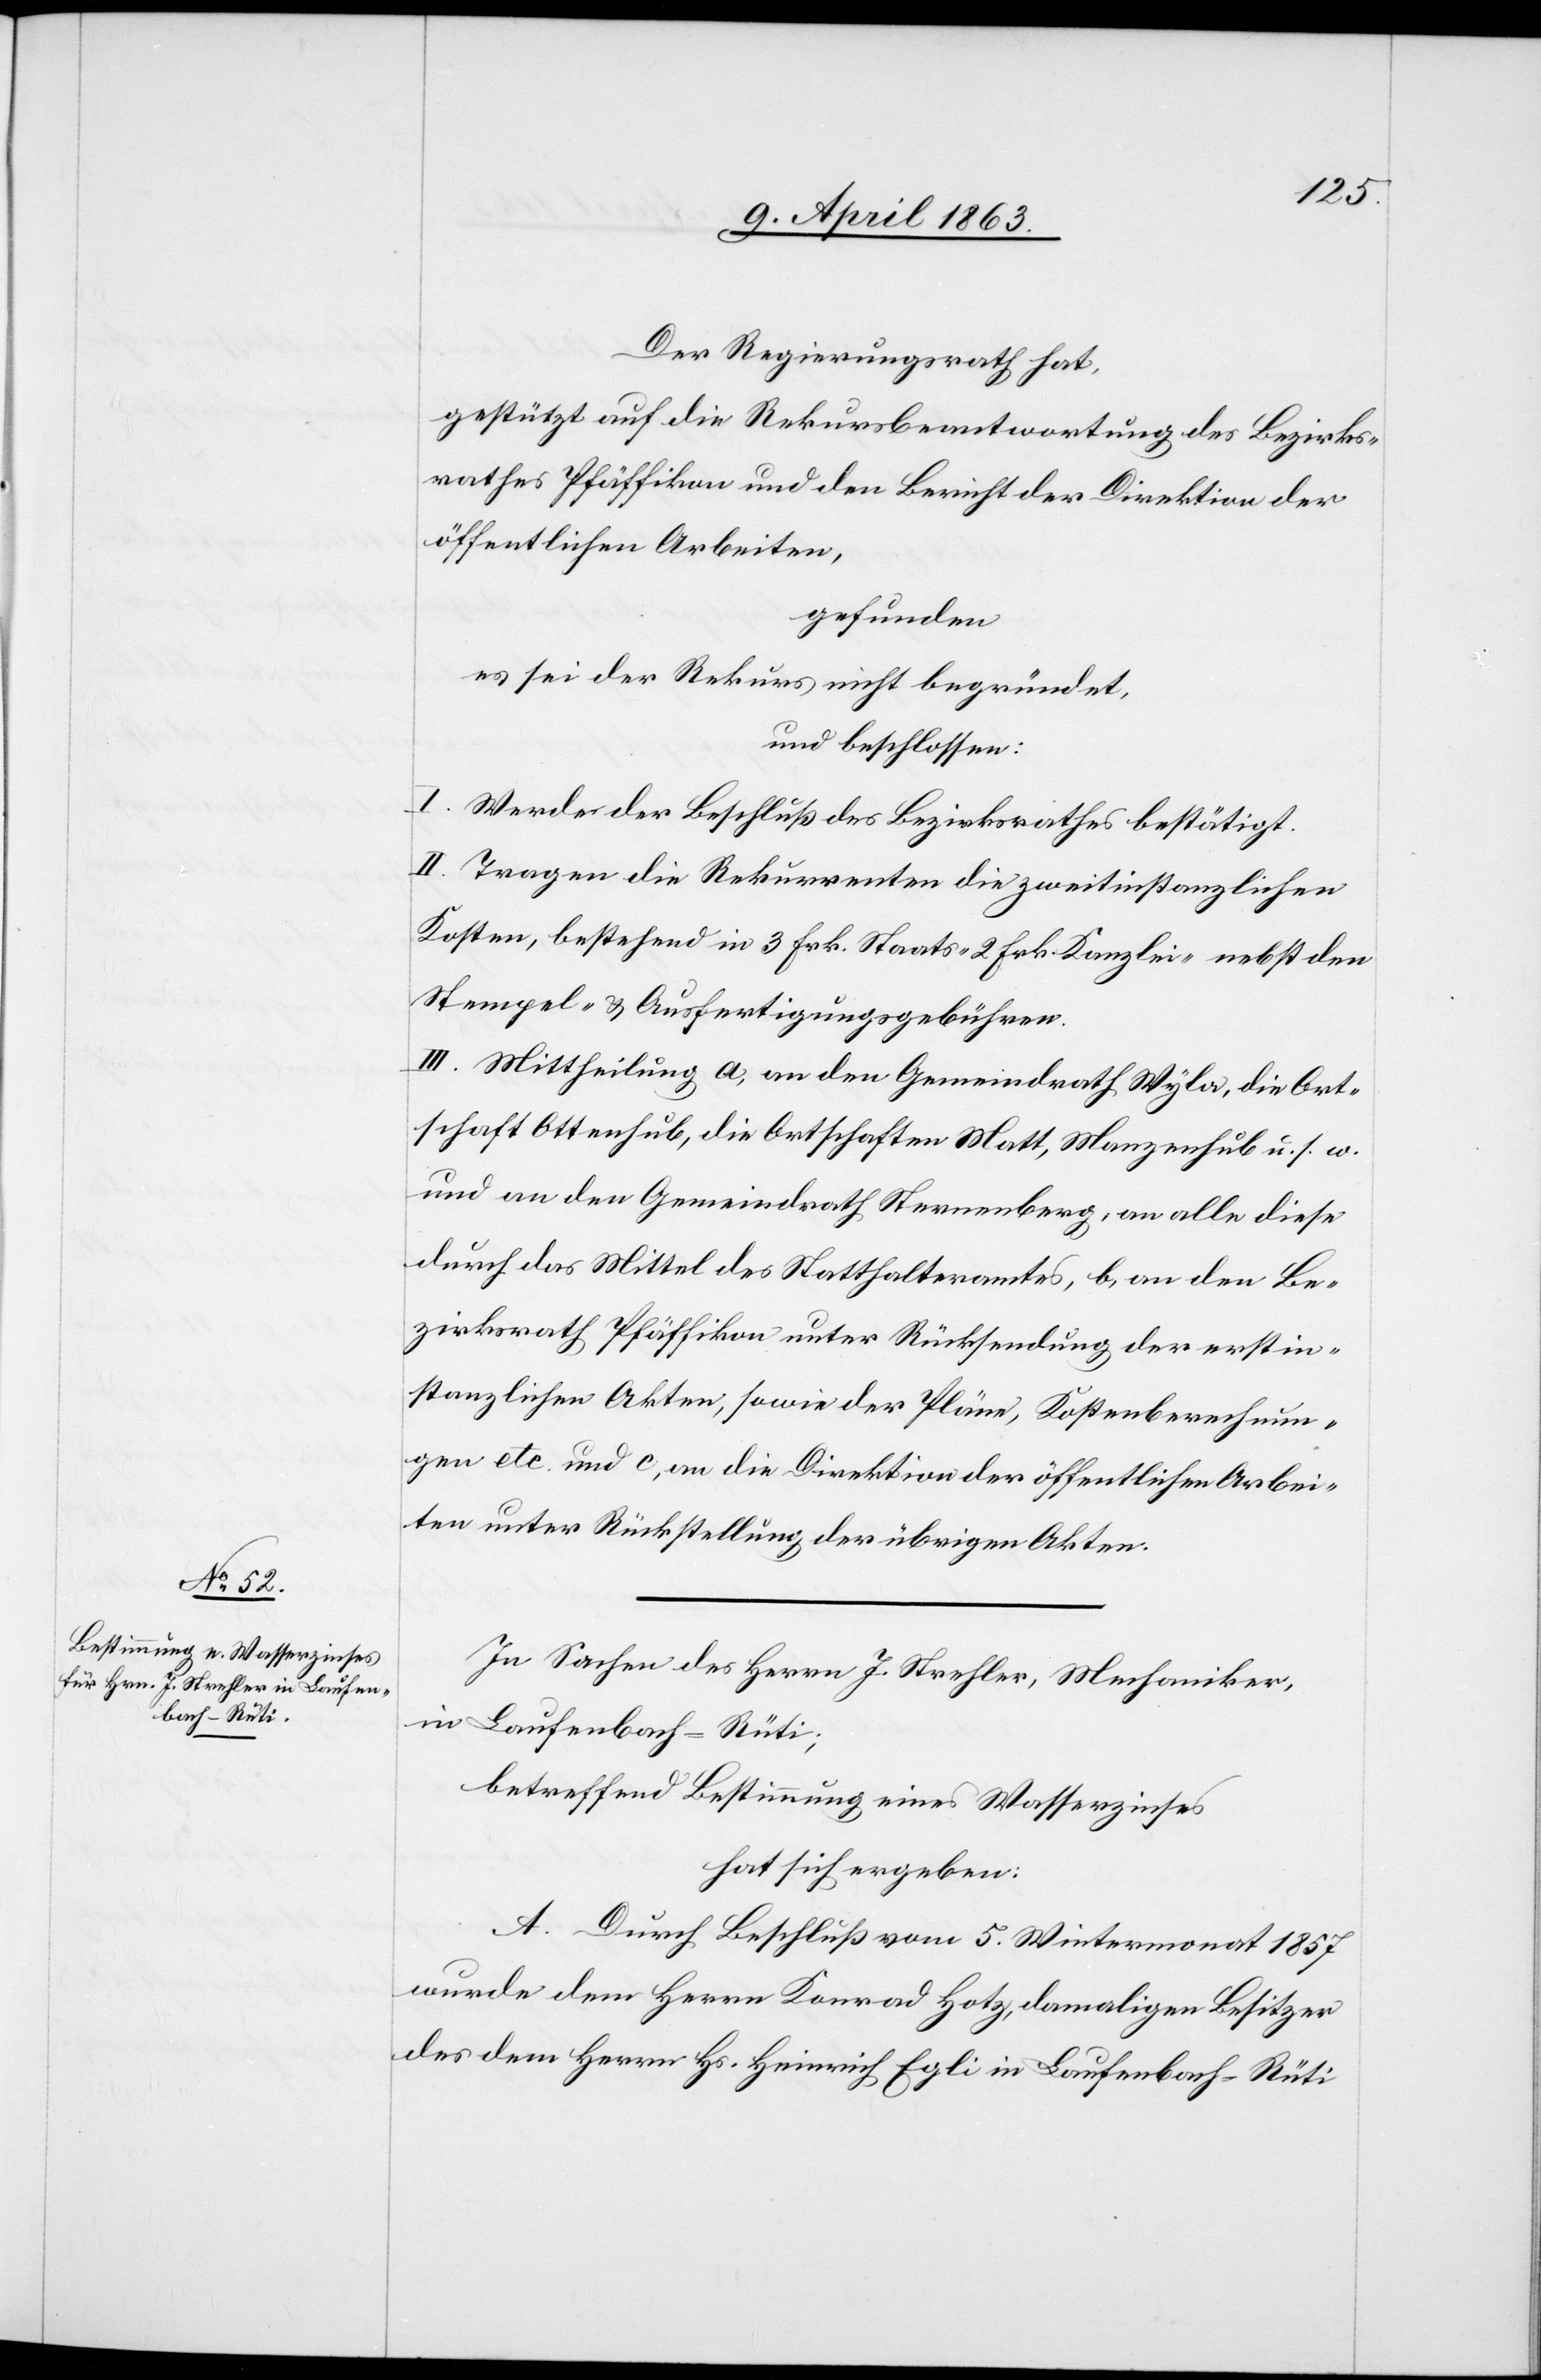
Der Regierungsrath hat,
gestützt auf die Rekursbeantwortung des Bezirks¬
rathes Pfäffikon und den Bericht der Direktion der
öffentlichen Arbeiten,
gefunden
es sei der Rekurs nicht begründet,
und beschlossen:
I. Werde der Beschluß des Bezirksrathes bestätigt.
II. Tragen die Rekurrenten die zweitinstanzlichen
Kosten, bestehend in 3 Frk. Staats-[,] 2 Frk. Kanzlei- nebst den
Stempel- & Ausfertigungsgebühren.
III. Mittheilung a) an den Gemeindrath Wyla, die Ort¬
schaft Ottenhub, die Ortschaften Matt, Manzenhub u. s. w.
und an den Gemeindrath Sternenberg, an alle diese
durch das Mittel des Statthalteramtes, b) an den Be¬
zirksrath Pfäffikon unter Rücksendung der erstin¬
stanzlichen Akten, sowie der Pläne, Kostenberechnun¬
gen etc. und c) an die Direktion der öffentlichen Arbei¬
ten unter Rückstellung der übrigen Akten.
In Sachen des Herrn J. Strehler, Mechaniker,
in Laufenbach-Rüti;
betreffend Bestimmung eines Wasserzinses
hat sich ergeben:
A. Durch Beschluß vom 5. Wintermonat 1857
wurde dem Herrn Konrad Hotz, damaligen Besitzer
des dem Herrn Hs. Heinrich Egli in Laufenbach-Rüti